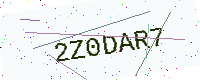
Text: 2Z0DAR7